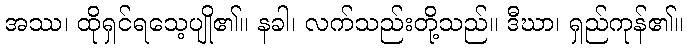
အဿ၊ ထိုရှင်ရသေ့ပျို၏။ နခါ၊ လက်သည်းတို့သည်။ ဒီဃာ၊ ရှည်ကုန်၏။